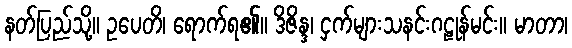
နတ်ပြည်သို့။ ဥပေတိ၊ ရောက်ရ၏။ ဒိဇိန္ဒ၊ ငှက်များသနင်းဂဠုန်မင်း။ မာတာ၊